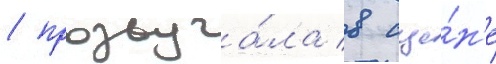
/ прозвуча́ла в сце́н'е